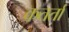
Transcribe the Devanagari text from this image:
कतर्ता